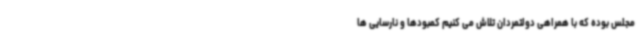
مجلس بوده که با همراهی دولتمردان تلاش می کنیم کمبودها و نارسایی ها